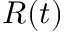
R ( t )